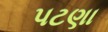
પટણા